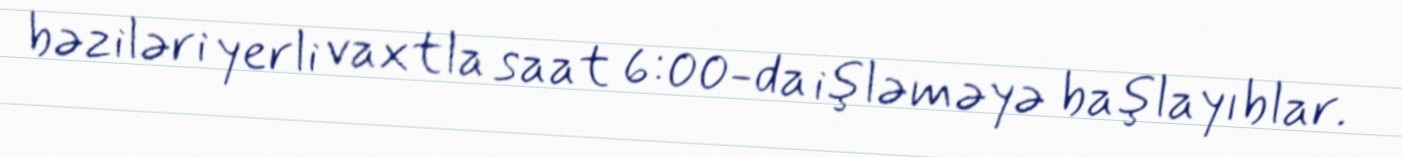
bəziləri yerli vaxtla saat 6:00-da işləməyə başlayıblar.